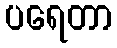
ပရေတာ